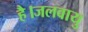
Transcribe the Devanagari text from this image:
है।जलवायु